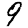
Digit: 9